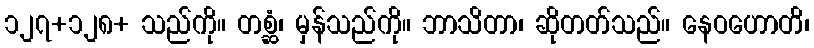
၁၂၇+၁၂၈+ သည်ကို။ တစ္ဆံ၊ မှန်သည်ကို။ ဘာသိတာ၊ ဆိုတတ်သည်။ နေဝဟောတိ၊